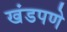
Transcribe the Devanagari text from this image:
खंडपणे